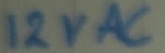
Text: 120VAC